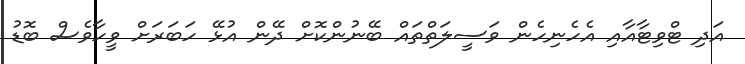
އަދި ޓްވިޓާއާއި އެހެނިހެން ވަސީލަތްތައް ބޭނުންކޮށް ދޭން އުޅޭ ހަބަރަށް ވީހާވެސް ބޮޑު